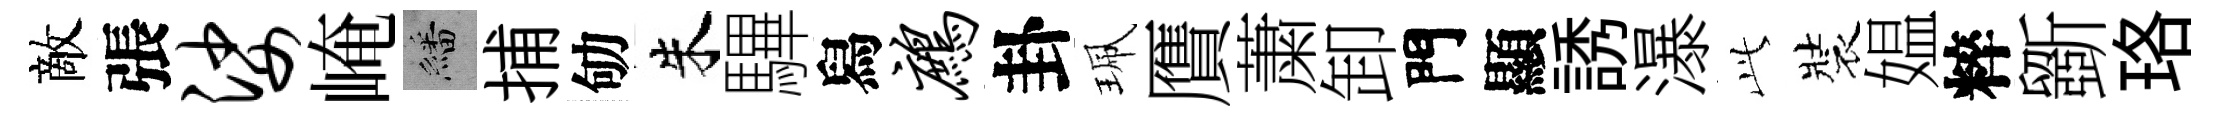
敵張娑崦繙捕劬朱驆舄鹧卦珮贋䔥卸門顯誘瀑𬼘裝媪粹斵珞